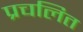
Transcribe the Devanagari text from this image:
प्रचलित